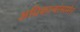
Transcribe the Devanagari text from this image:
अधिकाऱ्यांसमोर